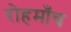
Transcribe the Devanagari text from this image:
रोहमाँच